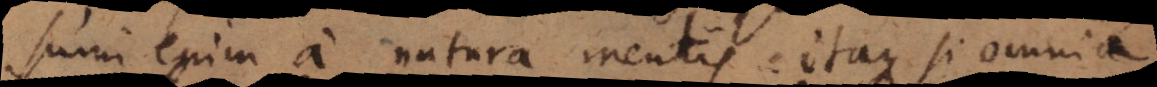
sumi enim a natura mentis. Itaque si omnia